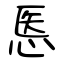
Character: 悘